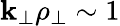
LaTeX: \mathbf{k}_{\perp}\rho_{\perp}\sim1